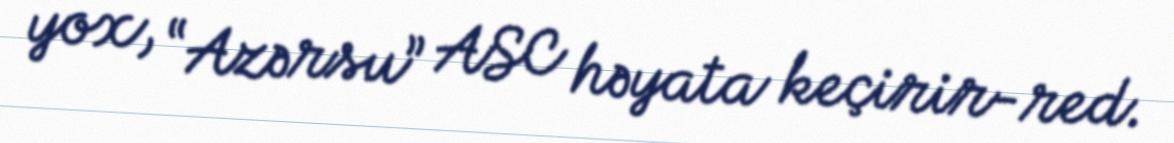
yox, “Azərsu” ASC həyata keçirir-red.